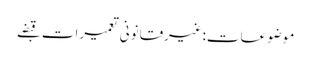
موضوعات:غیرقانونی تعمیرات قبضے